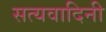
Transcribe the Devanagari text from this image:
सत्यवादिनी